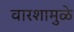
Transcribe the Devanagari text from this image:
वारशामुळे